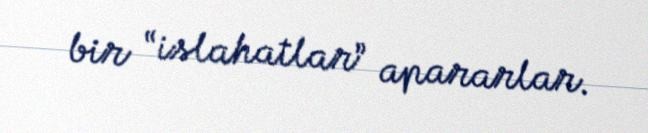
bir “islahatlar” apararlar.